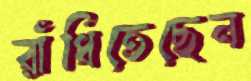
রাঁধিতেছেন